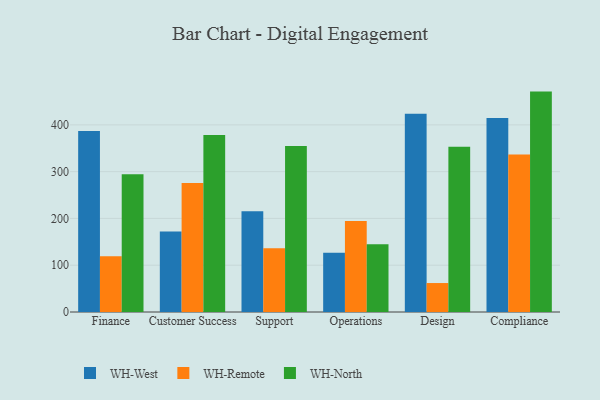
{"axis": {"x": "Department", "y": "LTV (USD)"}, "legend": ["WH-North", "WH-Remote", "WH-West"], "data": [{"x": "Finance", "y": 387.1, "type": "WH-West"}, {"x": "Finance", "y": 119.4, "type": "WH-Remote"}, {"x": "Finance", "y": 294.3, "type": "WH-North"}, {"x": "Customer Success", "y": 172.1, "type": "WH-West"}, {"x": "Customer Success", "y": 276.0, "type": "WH-Remote"}, {"x": "Customer Success", "y": 378.2, "type": "WH-North"}, {"x": "Support", "y": 215.4, "type": "WH-West"}, {"x": "Support", "y": 136.4, "type": "WH-Remote"}, {"x": "Support", "y": 354.7, "type": "WH-North"}, {"x": "Operations", "y": 126.4, "type": "WH-West"}, {"x": "Operations", "y": 194.4, "type": "WH-Remote"}, {"x": "Operations", "y": 144.8, "type": "WH-North"}, {"x": "Design", "y": 423.6, "type": "WH-West"}, {"x": "Design", "y": 61.9, "type": "WH-Remote"}, {"x": "Design", "y": 353.3, "type": "WH-North"}, {"x": "Compliance", "y": 414.7, "type": "WH-West"}, {"x": "Compliance", "y": 336.9, "type": "WH-Remote"}, {"x": "Compliance", "y": 471.1, "type": "WH-North"}]}